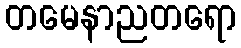
တမေနာညတရော